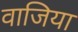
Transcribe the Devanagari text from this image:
वाजिया